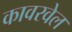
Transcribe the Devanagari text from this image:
कावरवेल